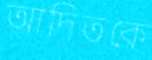
আদিতকে